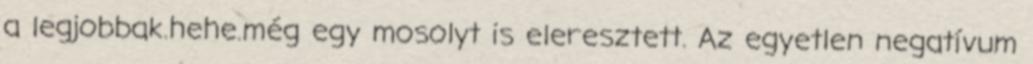
a legjobbak.hehe.még egy mosolyt is eleresztett. Az egyetlen negatí­vum